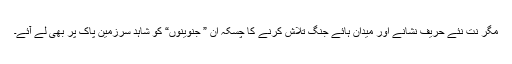
مگر نت نئے حریف نشانے اور میدان ہائے جنگ تلاش کرنے کا چسکہ ان ” جنوینوں“ کو شاہد سرزمینِ پاک پر بھی لے آئے۔